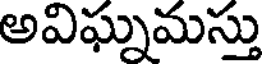
అవిఘ్నమస్తు